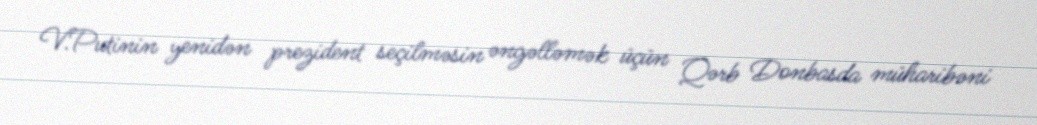
V.Putinin yenidən prezident seçilməsin əngəlləmək üçün Qərb Donbasda müharibəni